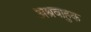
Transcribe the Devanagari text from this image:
अश्रुवाहक